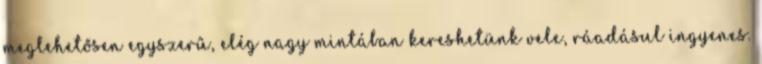
meglehetősen egyszerű, elég nagy mintában kereshetünk vele, ráadásul ingyenes.